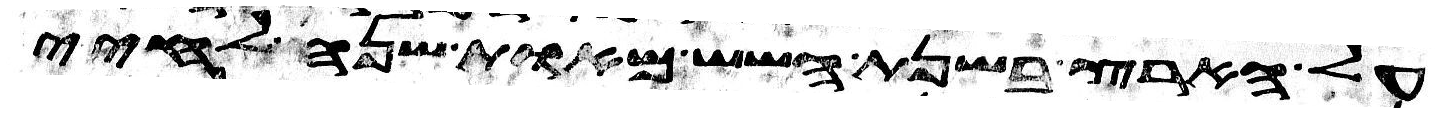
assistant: על הארץ בשנת השש מאות שנה לחיי